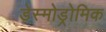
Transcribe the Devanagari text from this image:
डेस्मोड्रोमिक